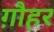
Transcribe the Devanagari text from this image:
ग़ौहर